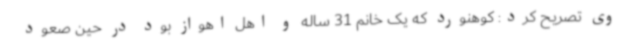
وی تصریح کرد: کوهنورد که یک خانم 31 ساله و اهل اهواز بود در حین صعود